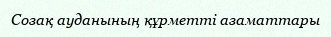
Созақ ауданының құрметті азаматтары